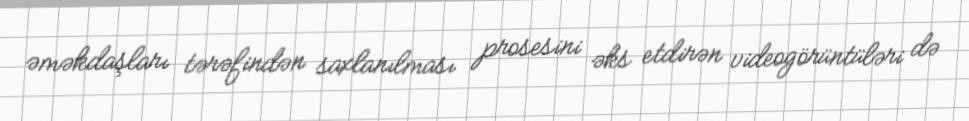
əməkdaşları tərəfindən saxlanılması prosesini əks etdirən videogörüntüləri də